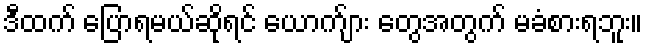
ဒီထက် ပြောရမယ်ဆိုရင် ယောက်ျား တွေအတွက် မခံစားရဘူး။